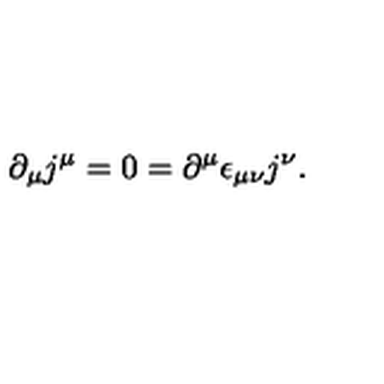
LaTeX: \partial _ { \mu } j ^ { \mu } = 0 = \partial ^ { \mu } \epsilon _ { \mu \nu } j ^ { \nu } .